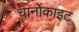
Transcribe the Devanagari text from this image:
चार्नोकाइट